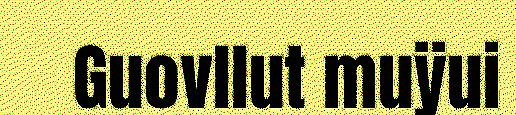
Guovllut muÿui